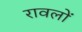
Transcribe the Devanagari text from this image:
रावलों